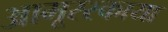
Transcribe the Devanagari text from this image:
आमूरस्काया